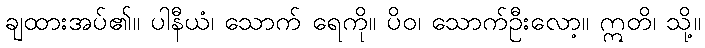
ချထားအပ်၏။ ပါနီယံ၊ သောက် ရေကို။ ပိဝ၊ သောက်ဦးလော့။ ဣတိ၊ သို့။